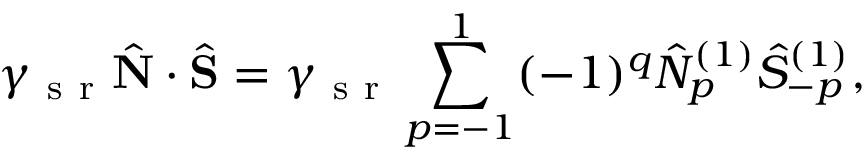
\gamma _ { \mathrm { ~ s ~ r ~ } } \hat { \mathbf { N } } \cdot \hat { \mathbf { S } } = \gamma _ { \mathrm { ~ s ~ r ~ } } \sum _ { p = - 1 } ^ { 1 } ( - 1 ) ^ { q } \hat { N } _ { p } ^ { ( 1 ) } \hat { S } _ { - p } ^ { ( 1 ) } ,